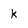
Character: k